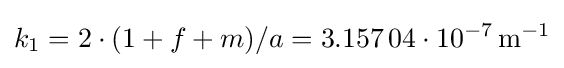
k_{1}=2\cdot (1+f+m)/a=3{.}157\,04\cdot 10^{-7}\,\mathrm {m^{-1}}